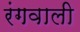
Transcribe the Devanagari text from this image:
रंगवाली